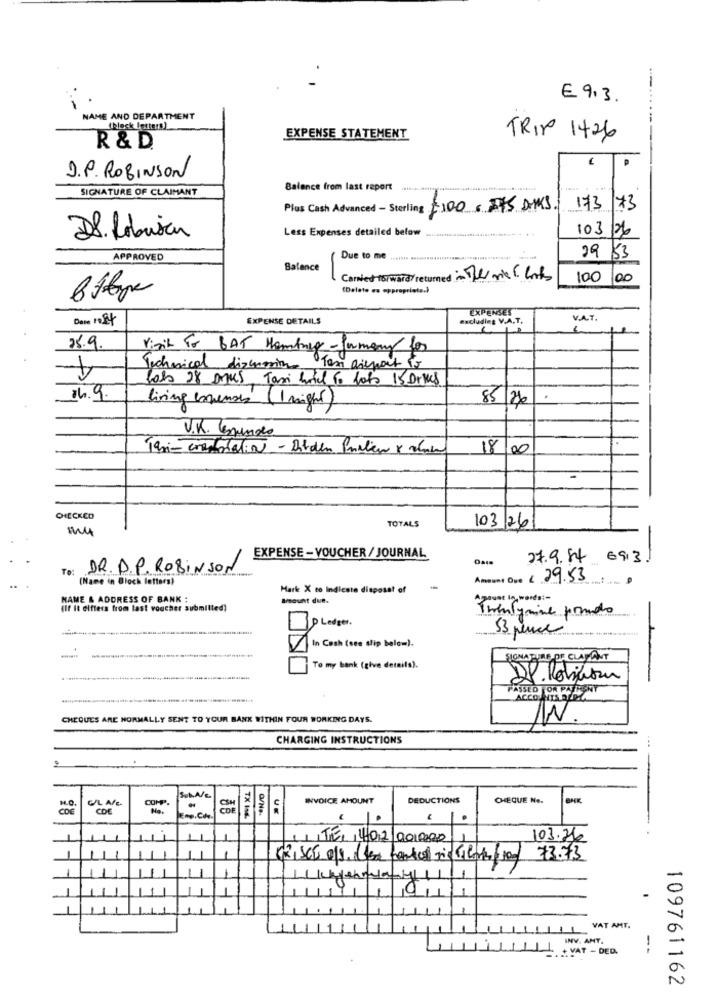
€ 9.3.
NAME AND DEPARTMENT
(hlock letters)
EXPENSE STATEMENT
TRIP 1426
R & D.
P
D. P. ROBINSON
SIGNATURE OF CLAIMANT
Balance from last report
Plus Cash Advanced - Sterling =100€375 ANS
173 73
Less Expenses detailed below
103/26
D8. Robisan
APPROVED
Due to me ........ ........................... i''
29 53
Balence
-
Content forward/ returned in The orie 6. lots
100 00
(Delete es appropriate.)
EXPENSES
EXPENSE DETAILS
excluding V.A.T.
V.A.T.
25.9.
Visit For BAT Hombreg- formany for
Technical discussion Tas areport to
lots 28 Dnes Taxi had to foto 15 Drives
16. 9.
living expenses (1 night)
85/2%
.
U.K. Cemundo
Taxi-crestmalin - Ditden Paliw x show
18 00
CHECKED
TOTALS
my
103 26
EXPENSE - VOUCHER / JOURNAL
27.9.54 69131
-
Te: DR. D.P. ROBINSON
(Name in Block letters)
Amount Ope 4.29.53
Mark X to Indicate disposat of
NAME & ADDRESS OF BANK :
amount due.
Agount ln words :-
(If It differs from last voucher submilled)
Twentynine pondo
53 rence
7In Cash (see slip below).
SIGNATURE DE CLAMANT
To my bank (give details).
DP. Robinson
ACCOUNT
CHEQUES ARE NORMALLY SENT TO YOUR BANK WITHIN FOUR WORKING DAYS.
N
CHARGING INSTRUCTIONS
---
G/L AFE-
COMP
Sub.A/c.
INVOICE AMOUNT
DEDUCTIONS
CHEQUE No.
BNK
M.O.
COE
CDE
TX Ing.
TE 402 000000
103.36
73.73
VAT AMT.
INV. ANT.
+ VAT - DED.
--
109761162